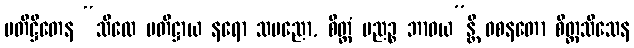
ပတိဋ္ဌိတေန “သီလေ ပတိဋ္ဌာယ နရော သပညော, စိတ္တံ ပညဉ္စ ဘာဝယ”န္တိ ဝစနတော စိတ္တသီသေန